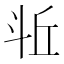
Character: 𪯫